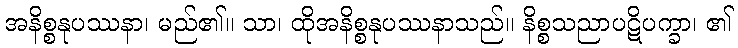
အနိစ္စနုပဿနာ၊ မည်၏။ သာ၊ ထိုအနိစ္စနုပဿနာသည်။ နိစ္စသညာပဋိပက္ခာ၊ ၏